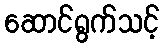
ဆောင်ရွက်သင့်